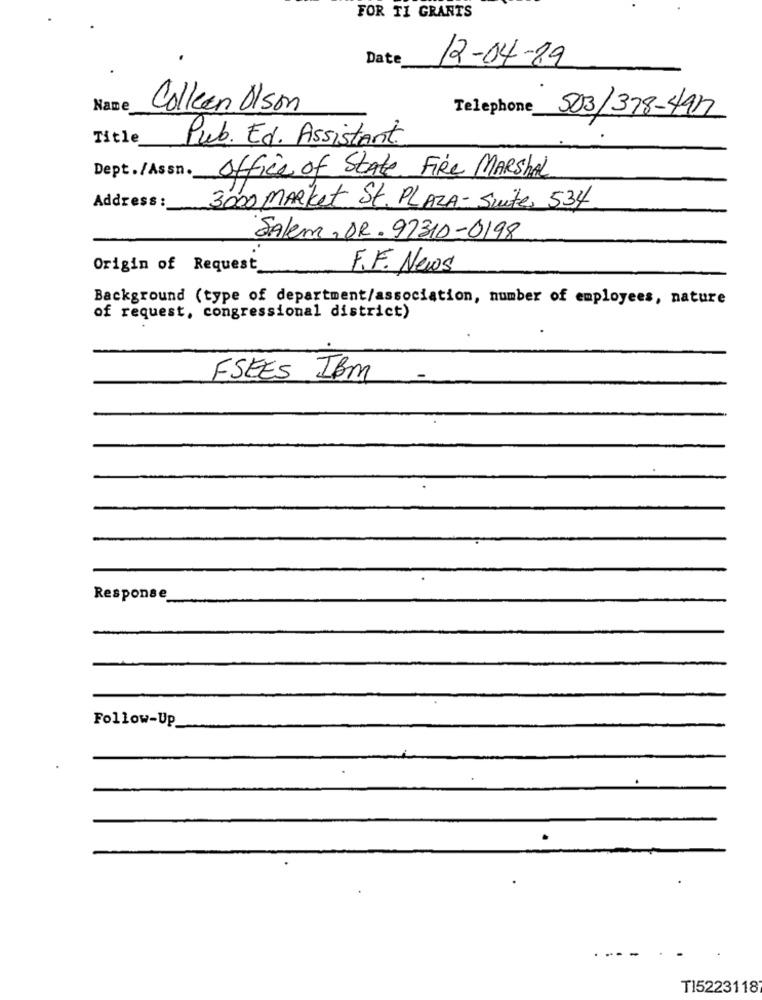
FOR TI GRANTS
Date
12-04-29
Name
Colleen Olson
Telephone 503/378-4912
Title
Pub. Ed. Assistant.
Dept./Assn.
office of State FIRE MARSHAL
Address :
3000 MARKet St. PLAZA- Suite, 534
Salem, DR. 97310-0198
Origin of Request_
F.F. News
Background (type of department/association, number of employees, nature
of request, congressional district)
FSEES IBM
Response
Follow-Up
TI5223118